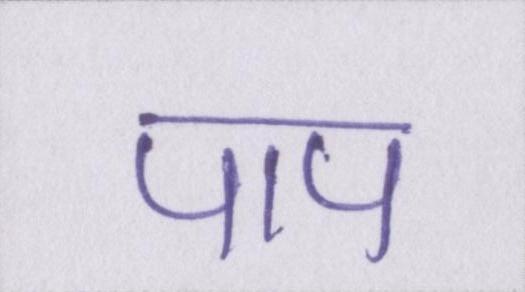
पाप